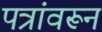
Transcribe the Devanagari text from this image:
पत्रांवरून